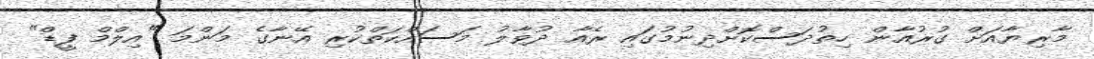
މާރިޔާއަށް ގުރުއާން ހިތުދަސްކޮށްދިނުމުގައި ރެއާ ދުވާލު މަސައްކަތްކުރި އޭނާގެ މަންމަ "އިލްމް ފީޑް"